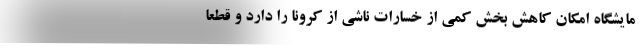
مایشگاه امکان کاهش بخش کمی از خسارات ناشی از کرونا را دارد و قطعا